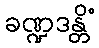
ခဏ္ဍဒန္တိံ